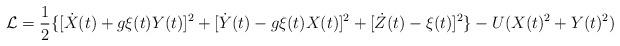
LaTeX: \begin{align*}{\cal L}= \frac{1}{2}\{[\dot{X}(t)+g\xi(t)Y(t)]^{2} + [\dot{Y}(t) -g\xi(t)X(t)]^{2} + [\dot{Z}(t) - \xi(t)]^{2}\} - U(X(t)^{2} +Y(t)^{2})\end{align*}